Annual report of the Madras Medical College
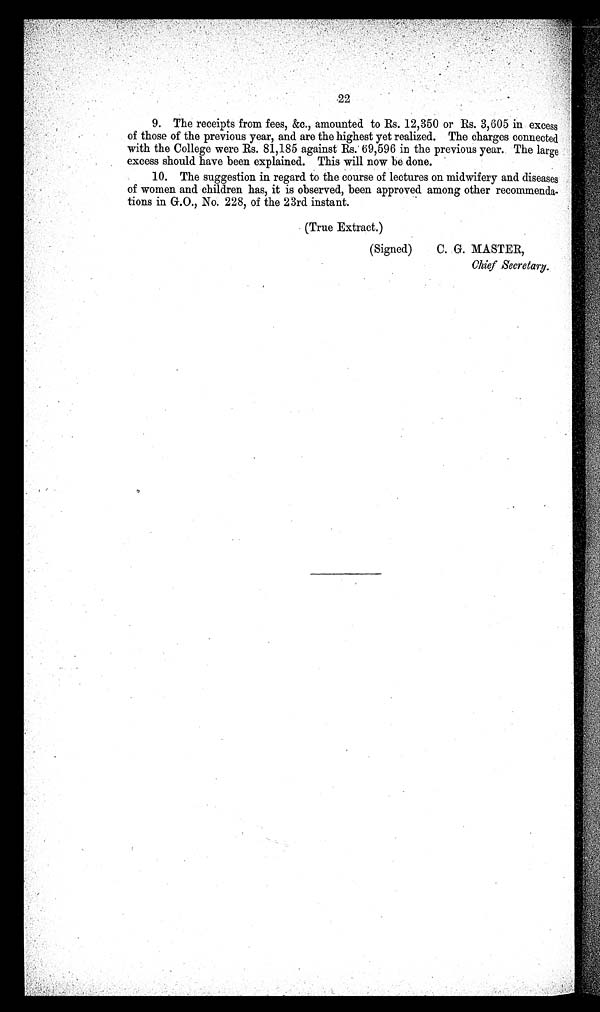
22
9. The receipts from fees, &c., amounted to Rs. 12,350 or Rs. 3,605 in excess
of those of the previous year, and are the highest yet realized. The charges connected
with the College were Rs. 81,185 against Rs. 69,596 in the previous year. The large
excess should have been explained. This will now be done.
10. The suggestion in regard to the course of lectures on midwifery and diseases
of women and children has, it is observed, been approved among other recommenda
-tions in G.O., No. 228, of the 23rd instant.
(True Extract.)
(Signed)
C. G. MASTER,
Chief Secretary.